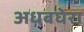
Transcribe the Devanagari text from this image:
अधबघेरा